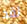
لقد